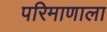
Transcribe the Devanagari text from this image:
परिमाणाला